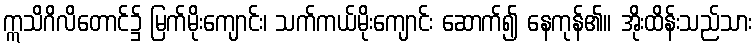
ဣသိဂိလိတောင်၌ မြက်မိုးကျောင်း၊ သက်ကယ်မိုးကျောင်း ဆောက်၍ နေကုန်၏။ အိုးထိန်းသည်သား